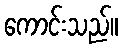
ကောင်းသည်။